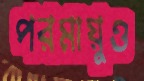
পরমায়ুও